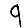
Digit: 9